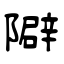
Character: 隦